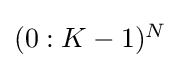
{\textstyle (0:K-1)^{N}}